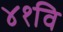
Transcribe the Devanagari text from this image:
४१वि